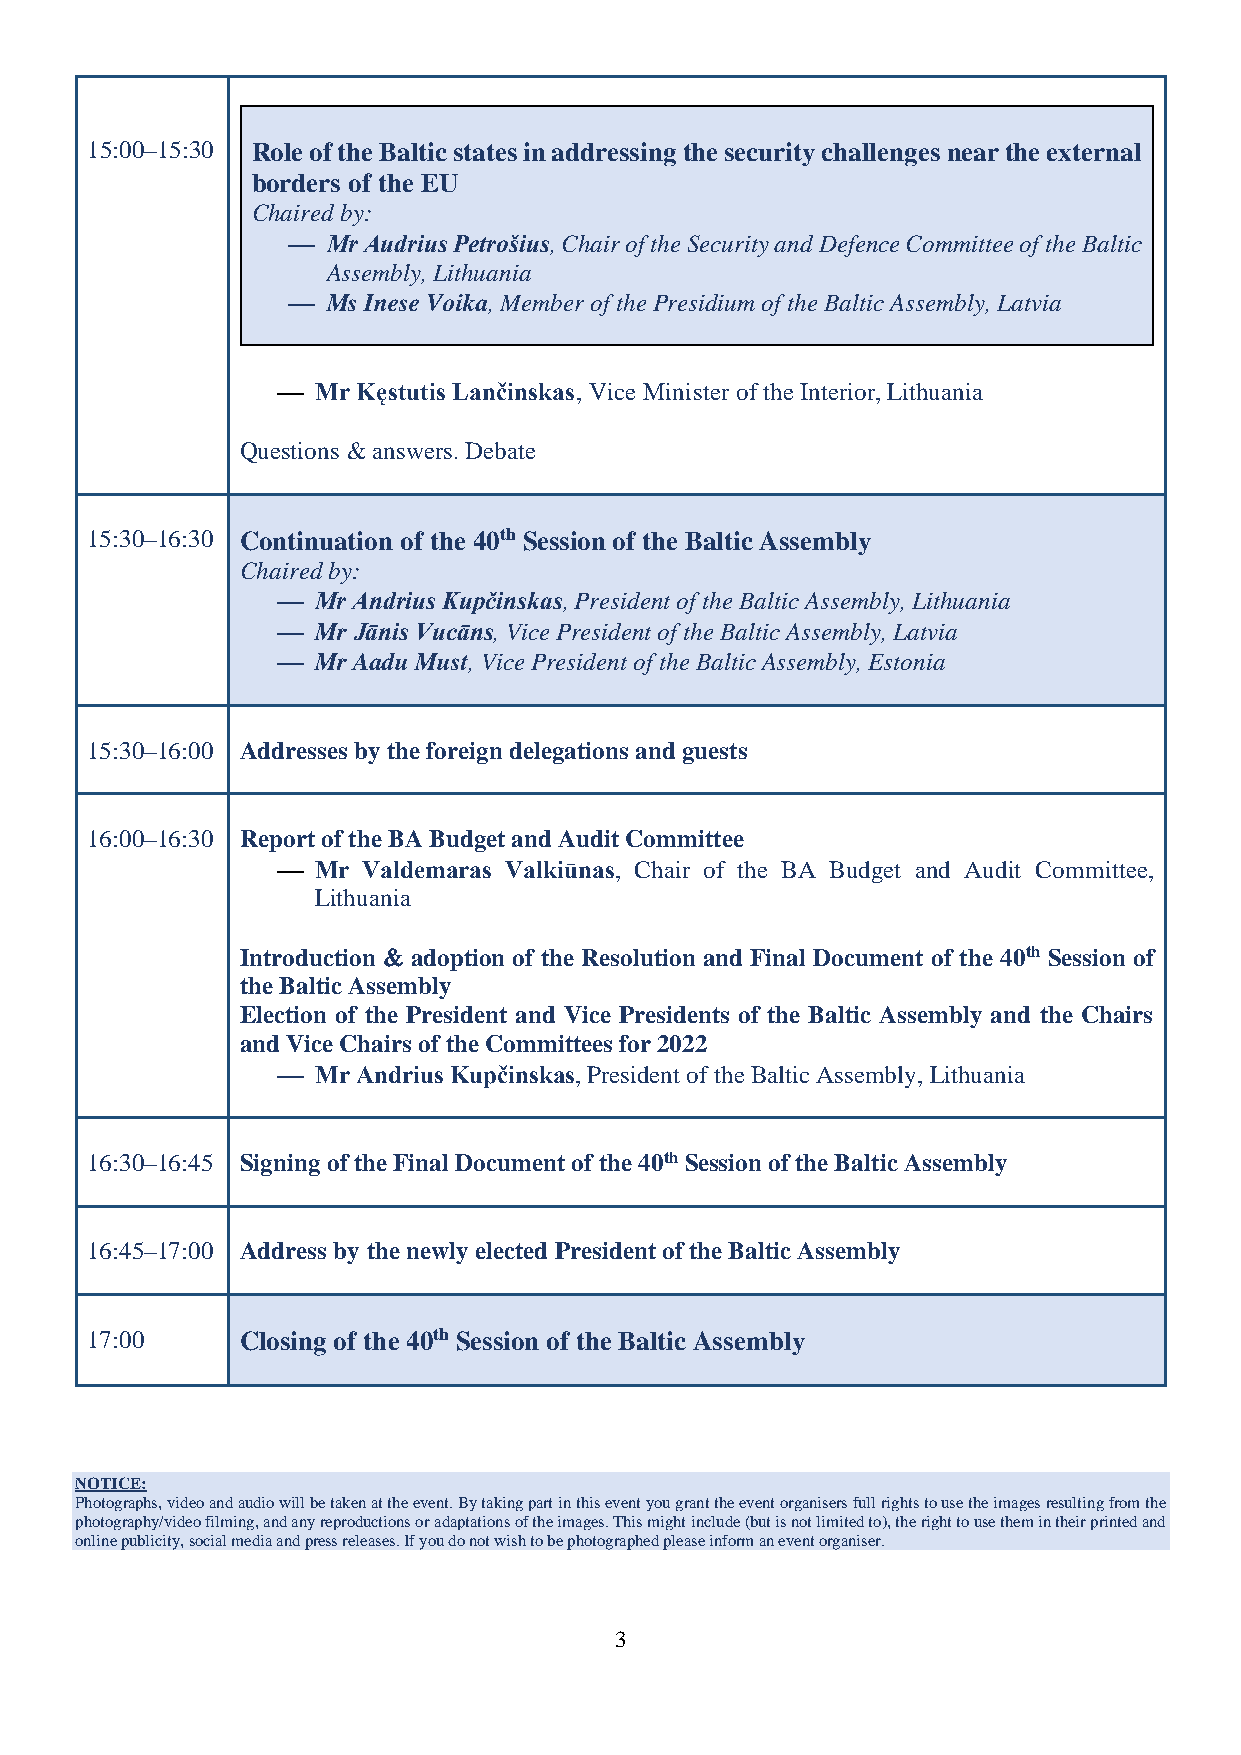
15:00–15:30 Role of the Baltic states in addressing the security challenges near the external
 borders of the EU
 Chaired by:
 ⎯  Mr Audrius Petrošius, Chair of the Security and Defence Committee of the Baltic
 Assembly, Lithuania
 ⎯  Ms Inese Voika, Member of the Presidium of the Baltic Assembly, Latvia
 ⎯  Mr Kęstutis Lančinskas, Vice Minister of the Interior, Lithuania
 Questions  answers. Debate
 15:30–16:30 Continuation of the 40th Session of the Baltic Assembly
 Chaired by:
 ⎯  Mr Andrius Kupčinskas, President of the Baltic Assembly, Lithuania
 ⎯  Mr Jānis Vucāns, Vice President of the Baltic Assembly, Latvia
 ⎯  Mr Aadu Must, Vice President of the Baltic Assembly, Estonia
 15:30–16:00 Addresses by the foreign delegations and guests
 16:00–16:30 Report of the BA Budget and Audit Committee
 ⎯  Mr Valdemaras Valkiūnas, Chair of the BA Budget and Audit Committee,
 Lithuania
 Introduction  adoption of the Resolution and Final Document of the 40th Session of
 the Baltic Assembly
 Election of the President and Vice Presidents of the Baltic Assembly and the Chairs
 and Vice Chairs of the Committees for 2022
 ⎯  Mr Andrius Kupčinskas, President of the Baltic Assembly, Lithuania
 16:30–16:45 Signing of the Final Document of the 40th Session of the Baltic Assembly
 16:45–17:00 Address by the newly elected President of the Baltic Assembly
 17:00     Closing of the 40th Session of the Baltic Assembly
 NOTICE:
 Photographs, video and audio will be taken at the event. By taking part in this event you grant the event organisers full rights to use the images resulting from the
 photography/video filming, and any reproductions or adaptations of the images. This might include (but is not limited to), the right to use them in their printed and
 online publicity, social media and press releases. If you do not wish to be photographed please inform an event organiser.
 3